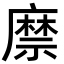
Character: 𢋎